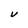
Character: V